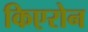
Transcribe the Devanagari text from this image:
किएरोन